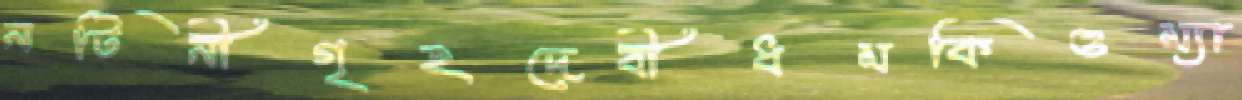
নটিনীগৃহদেবীধমকিওম্যা